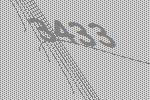
3433